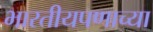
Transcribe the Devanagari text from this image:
भारतीयपणाच्या